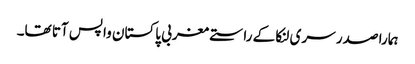
ہمارا صدر سری لنکا کے راستے مغربی پاکستان واپس آتا تھا۔